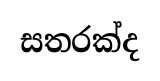
සතරක්ද